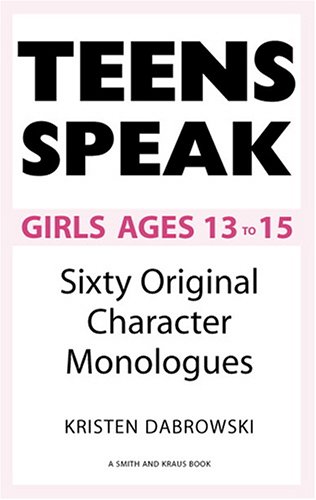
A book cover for Teens Speak Girls Ages 13 To 15: Sixty Original Character Monologues (Kids Speak); Kristen Dabrowski; Teen & Young Adult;